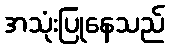
အသုံးပြုနေသည်